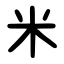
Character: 米